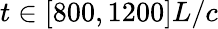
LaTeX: t\in[800,1200]L/c